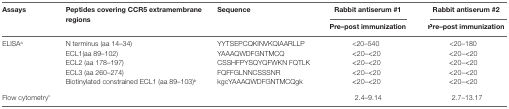
<table><thead><tr><td rowspan="2"><b>Assays</b></td><td rowspan="2"><b>Peptides covering CCR5 extramembrane regions</b></td><td rowspan="2"><b>Sequence</b></td><td><b>Rabbit antiserum #1</b></td><td><b>Rabbit antiserum #2</b></td></tr><tr><td><b>Pre–post immunization</b></td><td><b>Pre–post immunization</b></td></tr></thead><tbody><tr><td rowspan="5">ELISA<sup>a</sup></td><td>N terminus (aa 14–34)</td><td>YYTSEPCQKINVKQIAARLLP</td><td>&lt;20–540</td><td>&lt;20–180</td></tr><tr><td>ECL1(aa 89–102)</td><td>YAAAQWDFGNTMCQ</td><td>&lt;20–&lt;20</td><td>&lt;20–&lt;20</td></tr><tr><td>ECL2 (aa 178–197)</td><td>CSSHFPYSQYQFWKN FQTLK</td><td>&lt;20–&lt;20</td><td>&lt;20–&lt;20</td></tr><tr><td>ECL3 (aa 260–274)</td><td>FQFFGLNNCSSSNR</td><td>&lt;20–&lt;20</td><td>&lt;20–&lt;20</td></tr><tr><td>Biotinylated constrained ECL1 (aa 89–103)<sup>b</sup></td><td>kgcYAAAQWDFGNTMCQgk</td><td>&lt;20–&lt;20</td><td>&lt;20–&lt;20</td></tr><tr><td>Flow cytometry<sup>c</sup></td><td colspan="2"></td><td>2.4–9.14</td><td>2.7–13.17</td></tr></tbody></table>